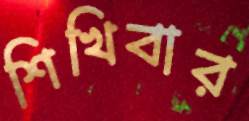
শিখিবার